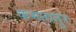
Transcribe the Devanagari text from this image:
कमतातुर